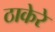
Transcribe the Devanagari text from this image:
ठाकेरे